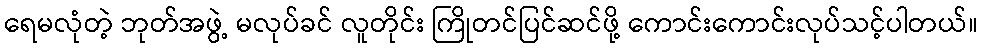
ရေမလုံတဲ့ ဘုတ်အဖွဲ့ မလုပ်ခင် လူတိုင်း ကြိုတင်ပြင်ဆင်ဖို့ ကောင်းကောင်းလုပ်သင့်ပါတယ်။